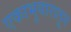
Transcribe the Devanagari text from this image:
एकाभुयारातून